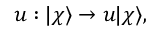
u : | \chi \rangle \rightarrow u | \chi \rangle ,